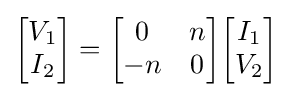
{\begin{bmatrix}V_{1}\\I_{2}\end{bmatrix}}={\begin{bmatrix}0&n\\-n&0\end{bmatrix}}{\begin{bmatrix}I_{1}\\V_{2}\end{bmatrix}}